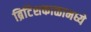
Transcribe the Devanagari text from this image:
ब्रिटिशकाळामध्ये